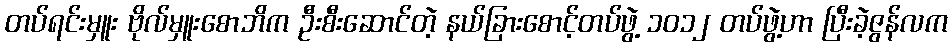
တပ်ရင်းမှူး ဗိုလ်မှူးစောဘိက ဦးစီးဆောင်တဲ့ နယ်ခြားစောင့်တပ်ဖွဲ့ ၁၀၁၂ တပ်ဖွဲ့ဟာ ပြီးခဲ့ဇွန်လက